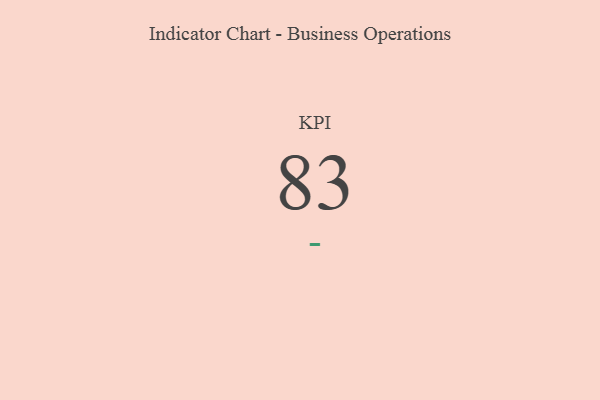
{"axis": {"x": "KPI", "y": "Value"}, "legend": [""], "data": [{"x": "KPI", "y": 83, "type": ""}]}